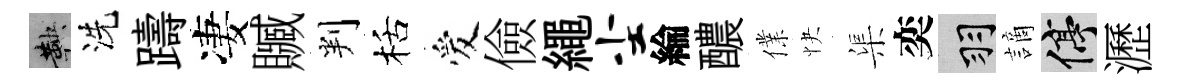
鞅洗躊凄贓判栝爱儉繩尘綸醲㒒快渠奕羽謫停瀝